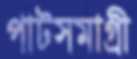
পাটসমাগ্রী